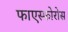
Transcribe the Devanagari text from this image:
फाएस्फोरोस